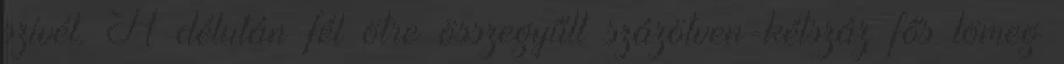
szívét. A délután fél ötre összegyűlt százötven-kétszáz fős tömeg